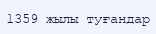
1359 жылы туғандар